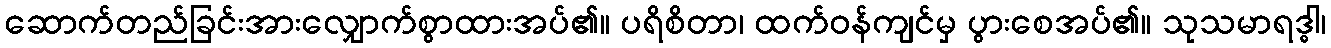
ဆောက်တည်ခြင်းအားလျှောက်စွာထားအပ်၏။ ပရိစိတာ၊ ထက်ဝန်ကျင်မှ ပွားစေအပ်၏။ သုသမာရဒ္ဓါ၊